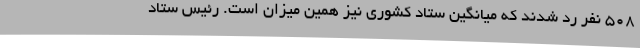
۵۰۸ نفر رد شدند که میانگین ستاد کشوری نیز همین میزان است. رئیس ستاد